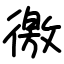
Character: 徼